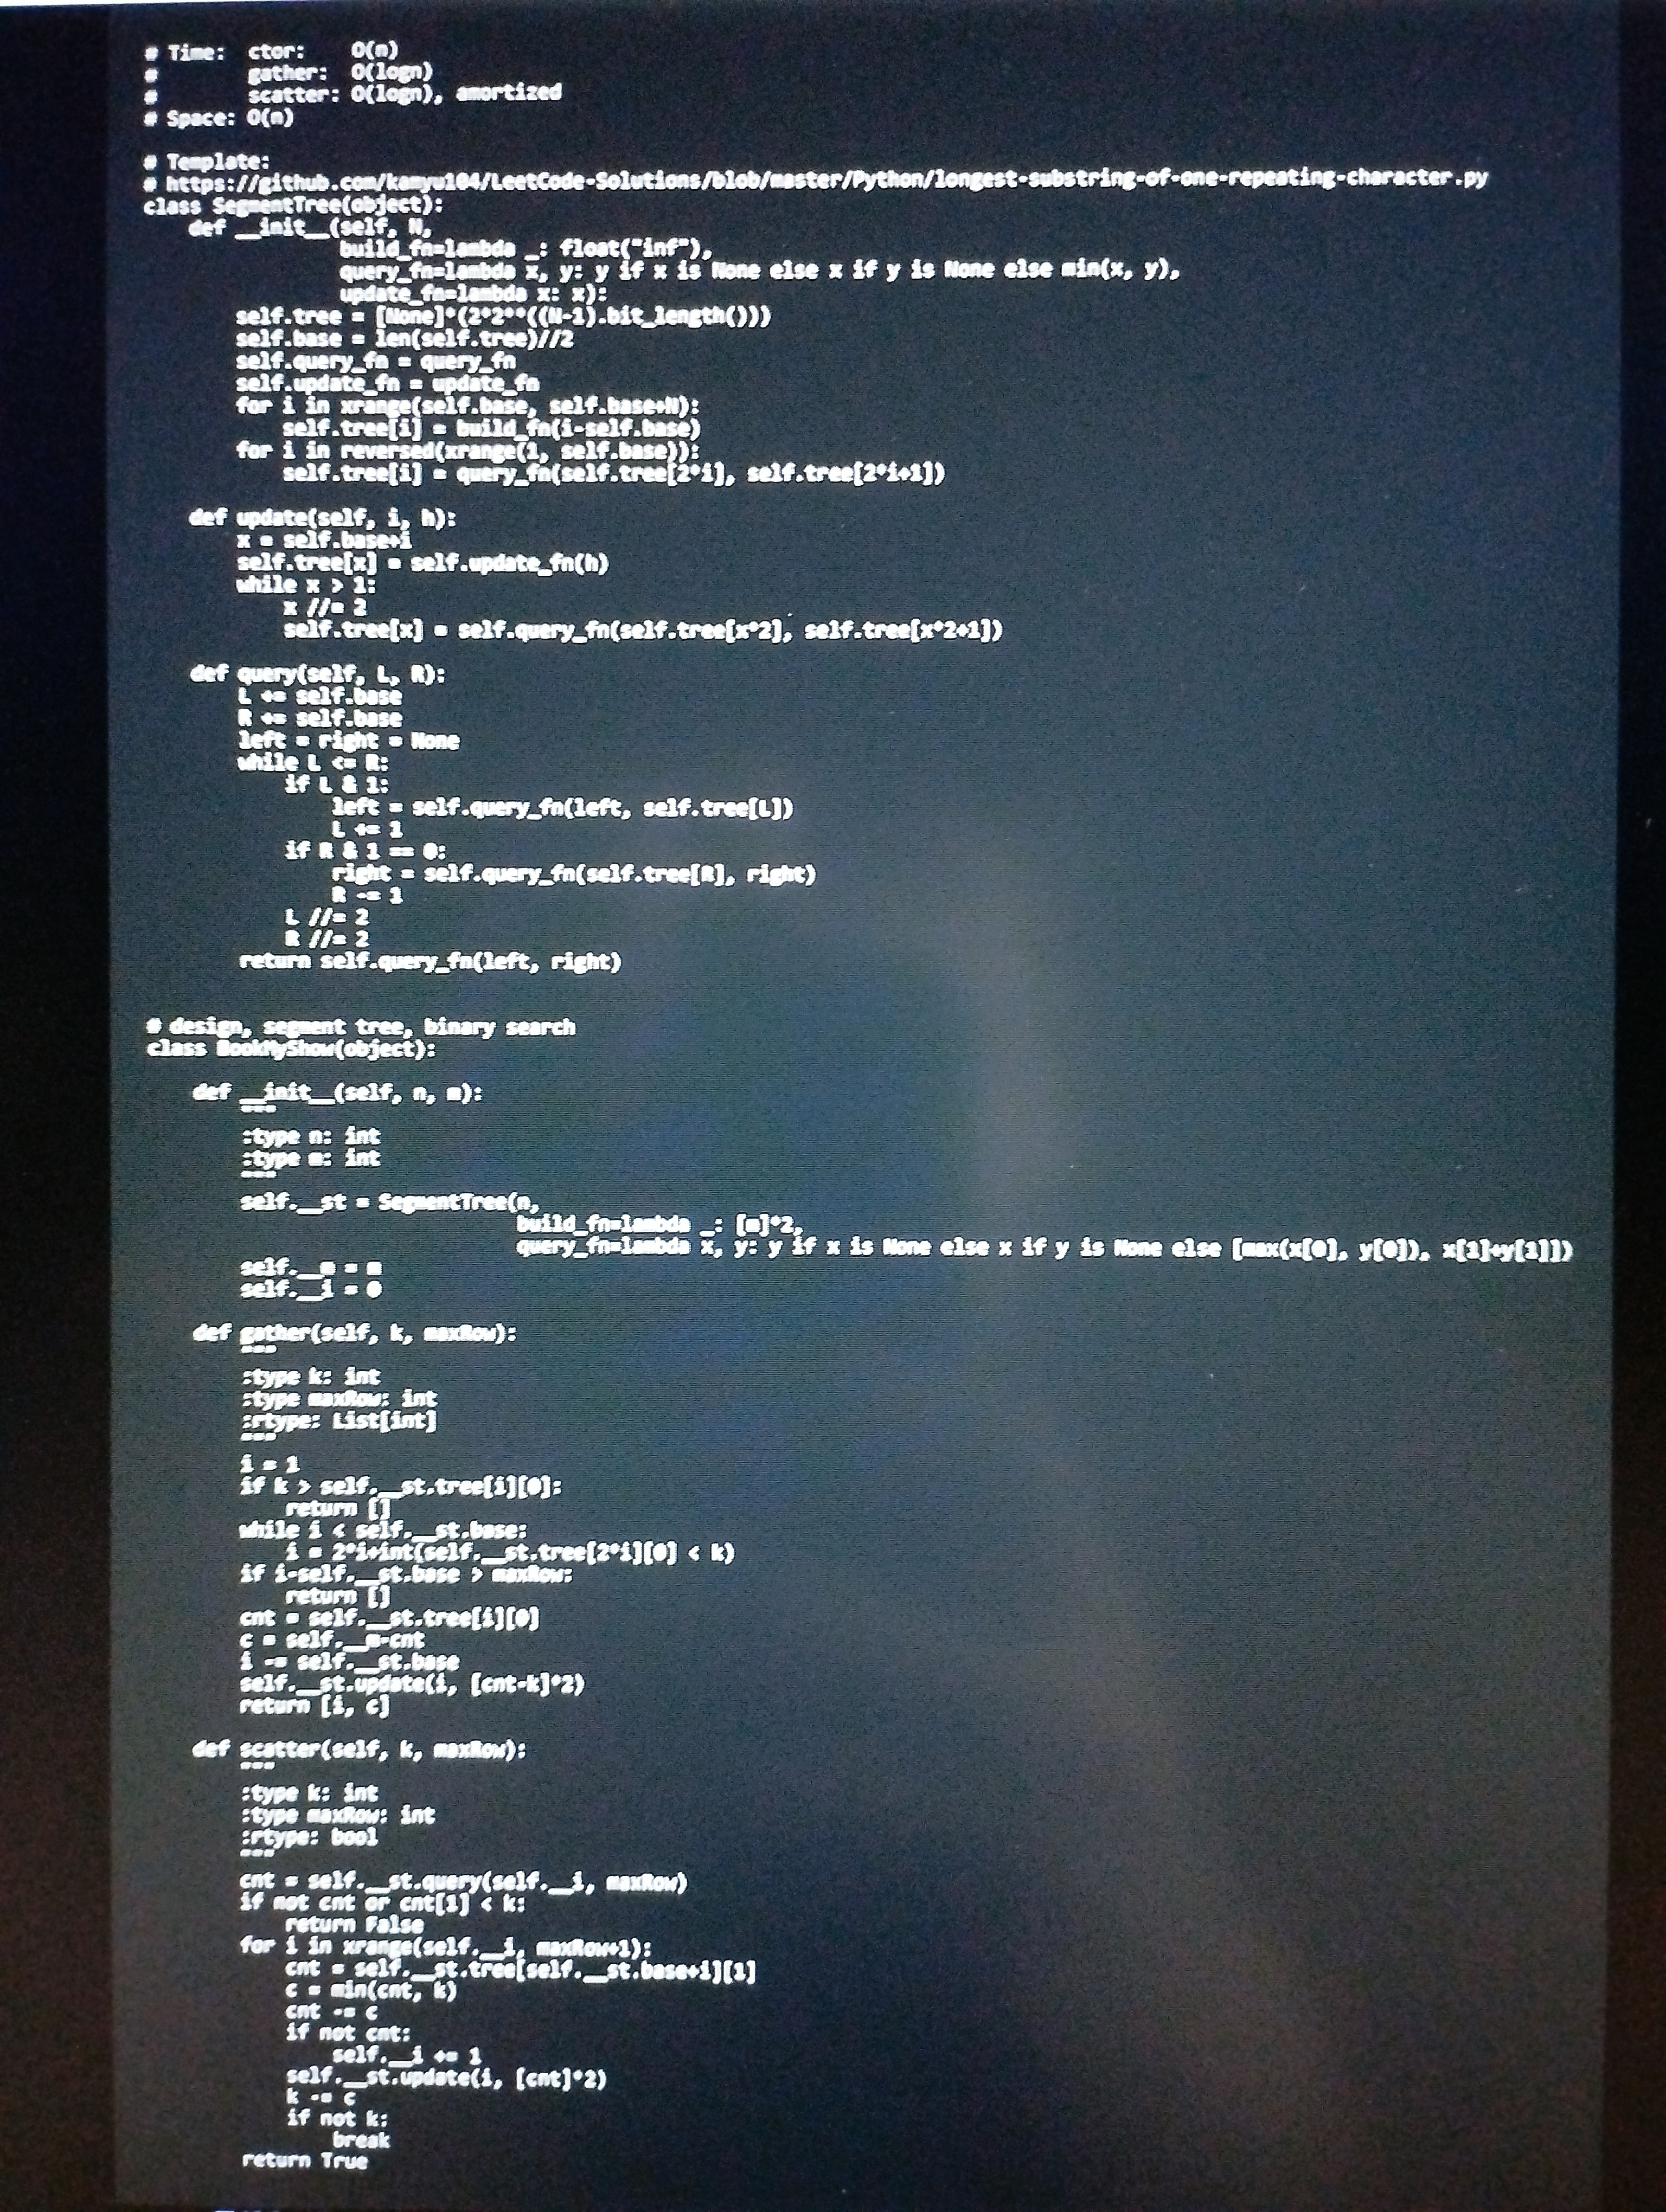
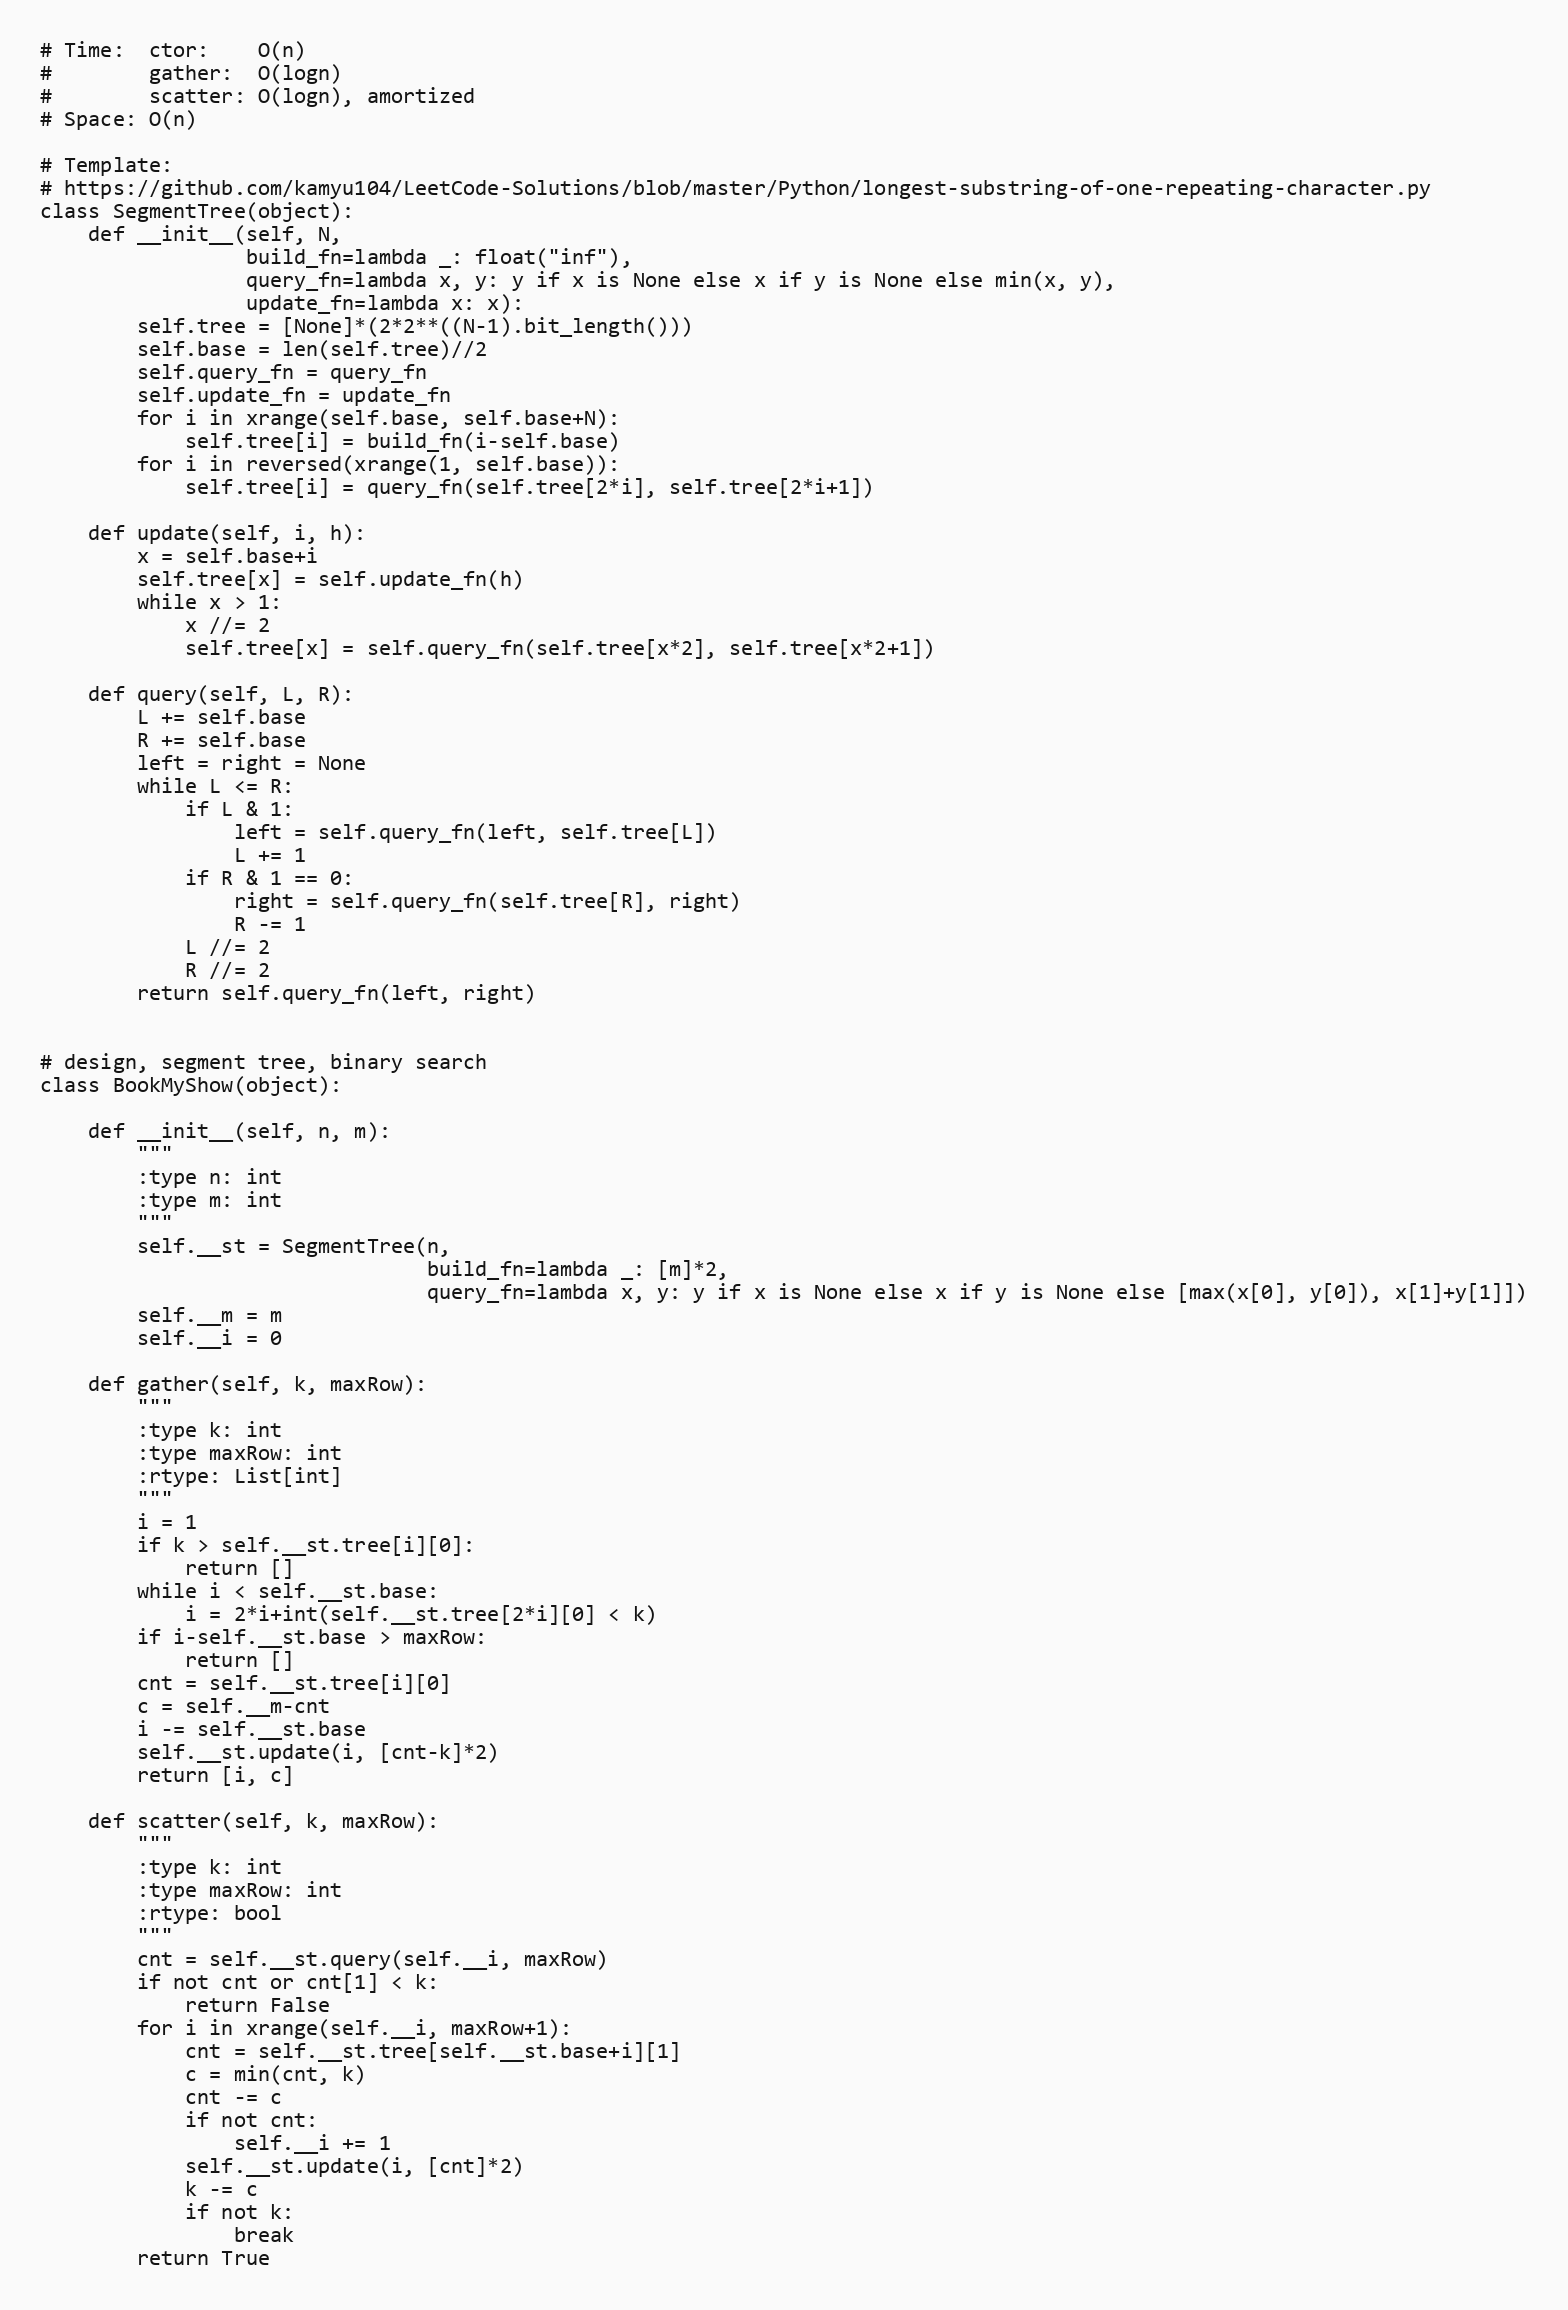
# Time:  ctor:    O(n)
#        gather:  O(logn)
#        scatter: O(logn), amortized
# Space: O(n)

# Template:
# https://github.com/kamyu104/LeetCode-Solutions/blob/master/Python/longest-substring-of-one-repeating-character.py
class SegmentTree(object):
    def __init__(self, N,
                 build_fn=lambda _: float("inf"),
                 query_fn=lambda x, y: y if x is None else x if y is None else min(x, y),
                 update_fn=lambda x: x):
        self.tree = [None]*(2*2**((N-1).bit_length()))
        self.base = len(self.tree)//2
        self.query_fn = query_fn
        self.update_fn = update_fn
        for i in xrange(self.base, self.base+N):
            self.tree[i] = build_fn(i-self.base)
        for i in reversed(xrange(1, self.base)):
            self.tree[i] = query_fn(self.tree[2*i], self.tree[2*i+1])

    def update(self, i, h):
        x = self.base+i
        self.tree[x] = self.update_fn(h)
        while x > 1:
            x //= 2
            self.tree[x] = self.query_fn(self.tree[x*2], self.tree[x*2+1])

    def query(self, L, R):
        L += self.base
        R += self.base
        left = right = None
        while L <= R:
            if L & 1:
                left = self.query_fn(left, self.tree[L])
                L += 1
            if R & 1 == 0:
                right = self.query_fn(self.tree[R], right)
                R -= 1
            L //= 2
            R //= 2
        return self.query_fn(left, right)

# design, segment tree, binary search
class BookMyShow(object):

    def __init__(self, n, m):
        """
        :type n: int
        :type m: int
        """
        self.__st = SegmentTree(n,
                                build_fn=lambda _: [m]*2,
                                query_fn=lambda x, y: y if x is None else x if y is None else [max(x[0], y[0]), x[1]+y[1]])
        self.__m = m
        self.__i = 0

    def gather(self, k, maxRow):
        """
        :type k: int
        :type maxRow: int
        :rtype: List[int]
        """
        i = 1
        if k > self.__st.tree[i][0]:
            return []
        while i < self.__st.base:
            i = 2*i+int(self.__st.tree[2*i][0] < k)
        if i-self.__st.base > maxRow:
            return []
        cnt = self.__st.tree[i][0]
        c = self.__m-cnt
        i -= self.__st.base
        self.__st.update(i, [cnt-k]*2)
        return [i, c]

    def scatter(self, k, maxRow):
        """
        :type k: int
        :type maxRow: int
        :rtype: bool
        """
        cnt = self.__st.query(self.__i, maxRow)
        if not cnt or cnt[1] < k:
            return False
        for i in xrange(self.__i, maxRow+1):
            cnt = self.__st.tree[self.__st.base+i][1]
            c = min(cnt, k)
            cnt -= c
            if not cnt:
                self.__i += 1
            self.__st.update(i, [cnt]*2)
            k -= c
            if not k:
                break
        return True